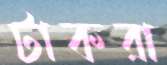
টাকরা